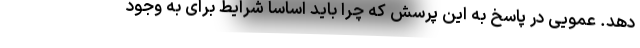
دهد. عمویی در پاسخ به این پرسش که چرا باید اساسا شرایط برای به وجود